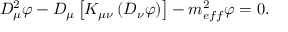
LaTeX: D _ { \mu } ^ { 2 } \varphi - D _ { \mu } \left[ K _ { \mu \nu } \left( D _ { \nu } \varphi \right) \right] - m _ { e f f } ^ { 2 } \varphi = 0 .